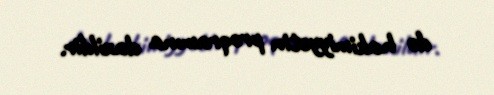
də hakimiyyətin proqramına daxildir.